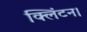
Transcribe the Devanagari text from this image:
क्लिंटन।